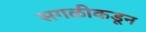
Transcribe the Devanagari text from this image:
सगळीकडून